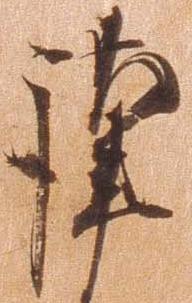
謹